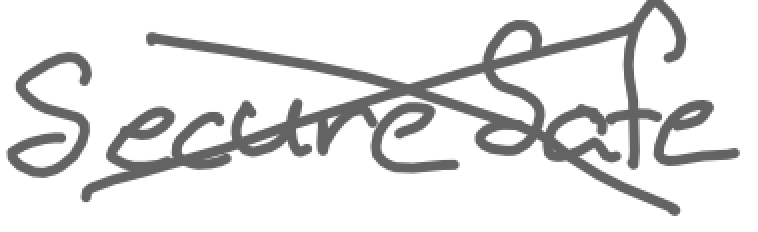
Text: SecureSafe
Cross-out: cross
Writing tool: digital_gray